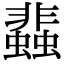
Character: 𧓊